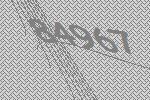
84967